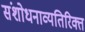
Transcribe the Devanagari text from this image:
संशोधनाव्यतिरिक्त